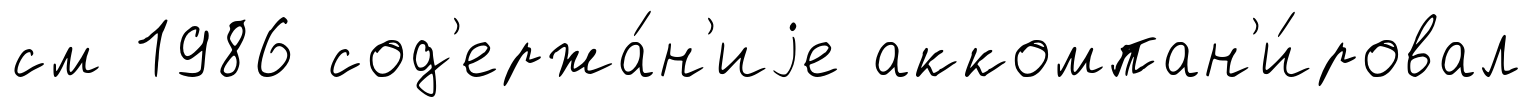
см 1986 сод'ержа́н'иjе аккомпан'и́ровал